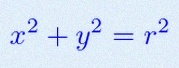
x^2+y^2=r^2